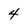
Character: 4